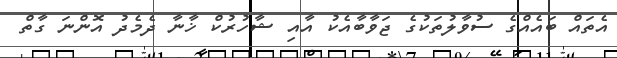
އެތައް ބައެއްގެ ސުވާލުތަކުގެ ޖަވާބާއެކު އާއި ޝާހުރުކް ޚާނާ ދެމެދު އޮންނަ ގާތް